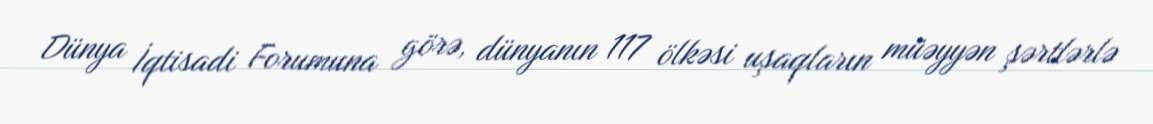
Dünya İqtisadi Forumuna görə, dünyanın 117 ölkəsi uşaqların müəyyən şərtlərlə